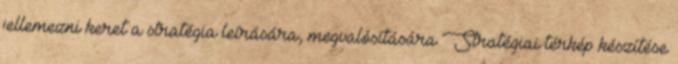
jellemezni keret a stratégia leírására, megvalósítására Stratégiai térkép készítése